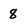
Character: 8